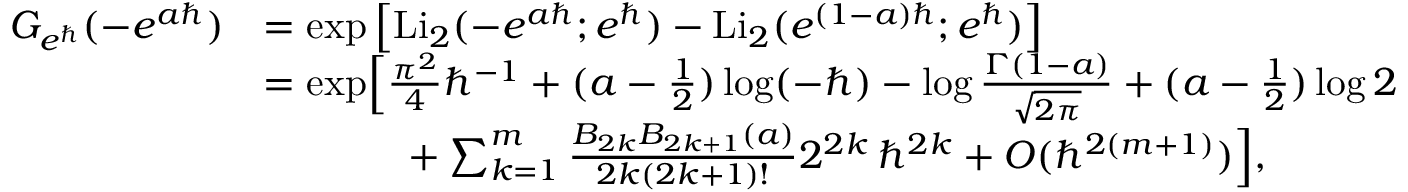
\begin{array} { r l } { G _ { e ^ { \hbar } } ( - e ^ { a \hbar } ) } & { = \exp \left[ \mathrm { L i } _ { 2 } ( - e ^ { a \hbar } ; e ^ { \hbar } ) - \mathrm { L i } _ { 2 } ( e ^ { ( 1 - a ) \hbar } ; e ^ { \hbar } ) \right] } \\ & { = \exp \Bigl [ \frac { \pi ^ { 2 } } { 4 } \hbar ^ { - 1 } + ( a - \frac { 1 } { 2 } ) \log ( - \hbar ) - \log \frac { \Gamma ( 1 - a ) } { \sqrt { 2 \pi } } + ( a - \frac { 1 } { 2 } ) \log 2 } \\ & { \phantom { = \exp x } + \sum _ { k = 1 } ^ { m } \frac { B _ { 2 k } B _ { 2 k + 1 } ( a ) } { 2 k ( 2 k + 1 ) ! } 2 ^ { 2 k } \, \hbar ^ { 2 k } + O ( \hbar ^ { 2 ( m + 1 ) } ) \Bigr ] , } \end{array}